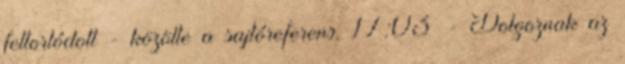
feltorlódott - közölte a sajtóreferens. 17:03 - Dolgoznak az